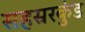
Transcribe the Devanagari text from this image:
सहस्ररकुंड